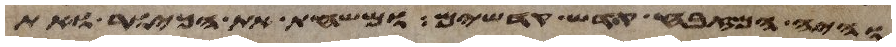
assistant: והיה המזבח קדש קדשים ומשחת את הכיור ואת